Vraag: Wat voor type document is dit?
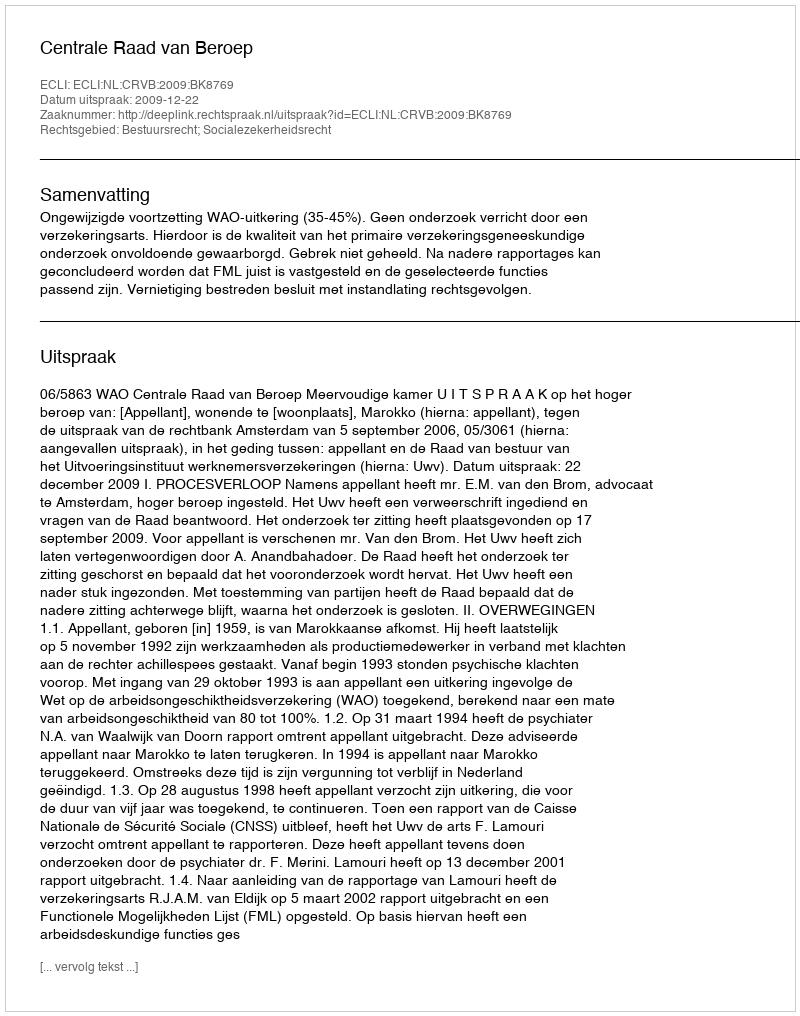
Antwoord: Uitspraak